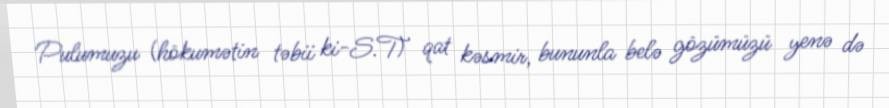
Pulumuzu (hökumətin təbii ki-S.T) qat kəsmir, bununla belə gözümüzü yenə də